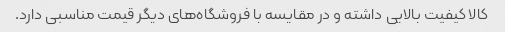
کالا کیفیت بالایی داشته و در مقایسه با فروشگاه‌های دیگر قیمت مناسبی دارد.